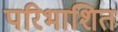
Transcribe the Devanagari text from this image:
परिभाशित